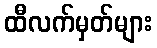
ထီလက်မှတ်များ